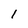
Character: l